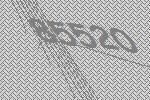
85520